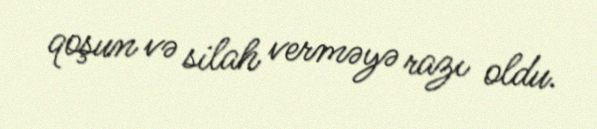
qoşun və silah verməyə razı oldu.